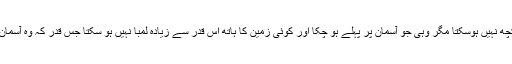
درحقیقت زمین پر کچھ نہیں ہوسکتا مگر وہی جو آسمان پر پہلے ہو چکا اور کوئی زمین کا ہاتھ اس قدر سے زیادہ لمبا نہیں ہو سکتا جس قدر کہ وہ آسمان پر لمبا کیا گیاہے‘‘۔